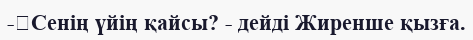
-	Сенің үйің қайсы? - дейді Жиренше қызға.